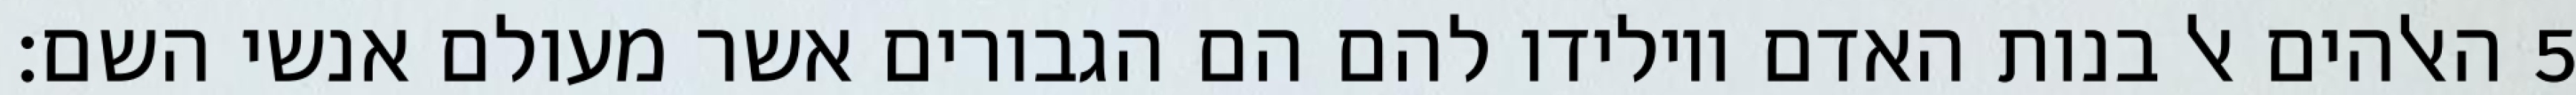
האלהים אל בנות האדם ויולידו להם הם הגבורים אשר מעולם אנשי השם׃ ‎5‏